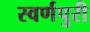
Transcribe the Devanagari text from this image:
स्वर्णपुरी